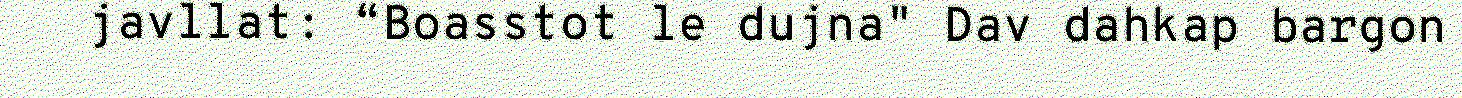
javllat: “Boasstot le dujna" Dav dahkap bargon